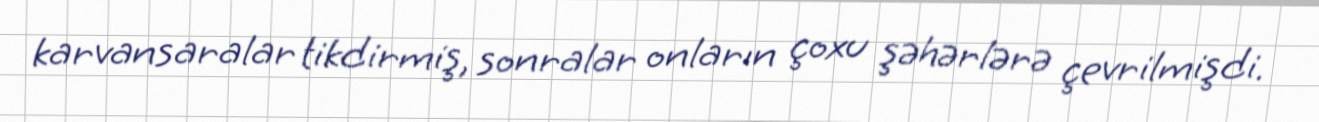
karvansaralar tikdirmiş, sonralar onların çoxu şəhərlərə çevrilmişdi.